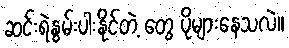
ဆင်းရဲနွမ်းပါးနိုင်တဲ့ တွေ ပိုများနေသလဲ။